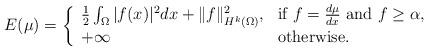
LaTeX: \begin{align*}E(\mu) = \left\{\begin{array}{ll} \frac{1}{2} \int_{\Omega} |f(x)|^2 dx+\Vert f\Vert_{H^{k}(\Omega)}^{2}, & \mbox{if}\ f =\frac{d\mu}{dx} \ \mbox{and} \ f\geq \alpha, \\+\infty & \mbox{otherwise.}\end{array}\right.\end{align*}